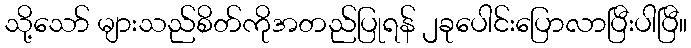
သို့သော် များသည်စိတ်ကိုအတည်ပြုရန် ၂ခုပေါင်းပြောလာပြီးပါပြီ။